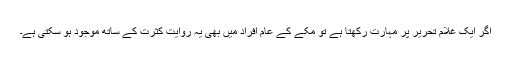
اگر ایک غلام تحریر پر مہارت رکھتا ہے تو مکے کے عام افراد میں بھی یہ روایت کثرت کے ساتھ موجود ہو سکتی ہے۔